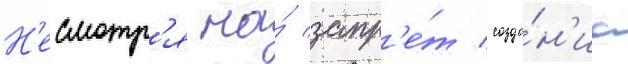
Н'есмотр'я на́ запр'е́т созда́н'иа